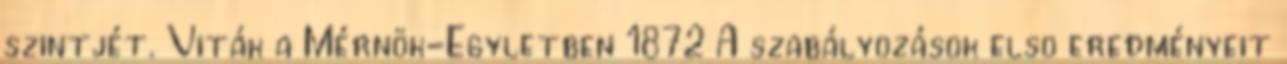
szintjét. Viták a Mérnök-Egyletben 1872 A szabályozások elsõ eredményeit